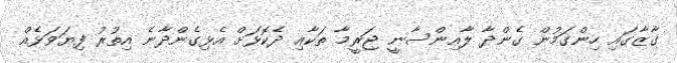
ގާޒާގައި ހިންގަމުން ގެންދާ ލާއިންސާނީ ޖަރީމާ ތަކާއި ދެކޮޅަށް އެޅިގެންދާނެ އިތުރު ފިޔަވަޅެއް